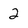
Character: 2